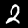
Label: 2